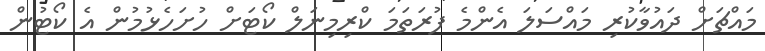
މައްޗަށް ދައުވާކުރި މައްސަލަ އެންމެ ފުރަތަމަ ކްރިމިނަލް ކޯޓަށް ހުށަހެޅުމުން އެ ކޯޓުން